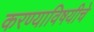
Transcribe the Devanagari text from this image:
करण्याविषयीचे